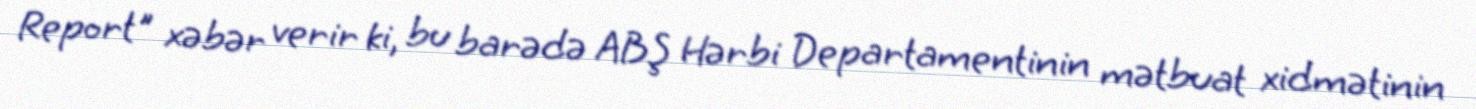
Report" xəbər verir ki, bu barədə ABŞ Hərbi Departamentinin mətbuat xidmətinin